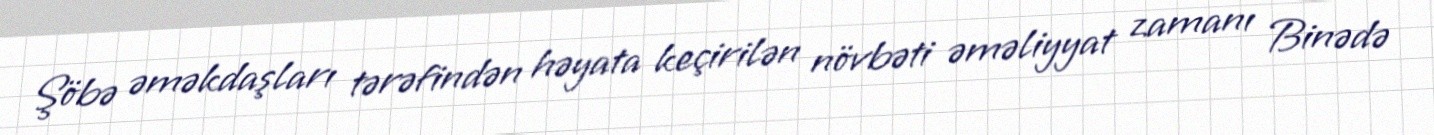
Şöbə əməkdaşları tərəfindən həyata keçirilən növbəti əməliyyat zamanı Binədə